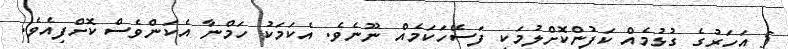
5 އަހަރުގެ ގުޅުމެއް ކަފުންކޮށްލުމަކީ ފަސޭހަކަމެއް ނޫނެވެ. އެކަމަކު ހަމްނާ އެކަންވެސް ކޮށްފިއެވެ.